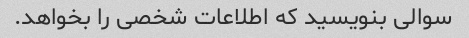
سوالی بنویسید که اطلاعات شخصی را بخواهد.